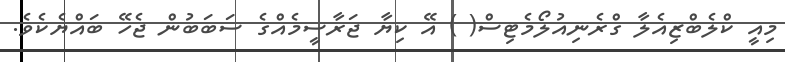
މިއީ ކްލެބްޒިއެލާ ގްރެނިއުލޯމެޓިސް( ) އޭ ކިޔާ ޖަރާސީމެއްގެ ސަބަބުން ޖެހޭ ބައްޔެކެވެ.